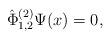
LaTeX: \begin{align*}\hat{\Phi}^{(2)}_{1,2}\Psi(x)=0,\end{align*}